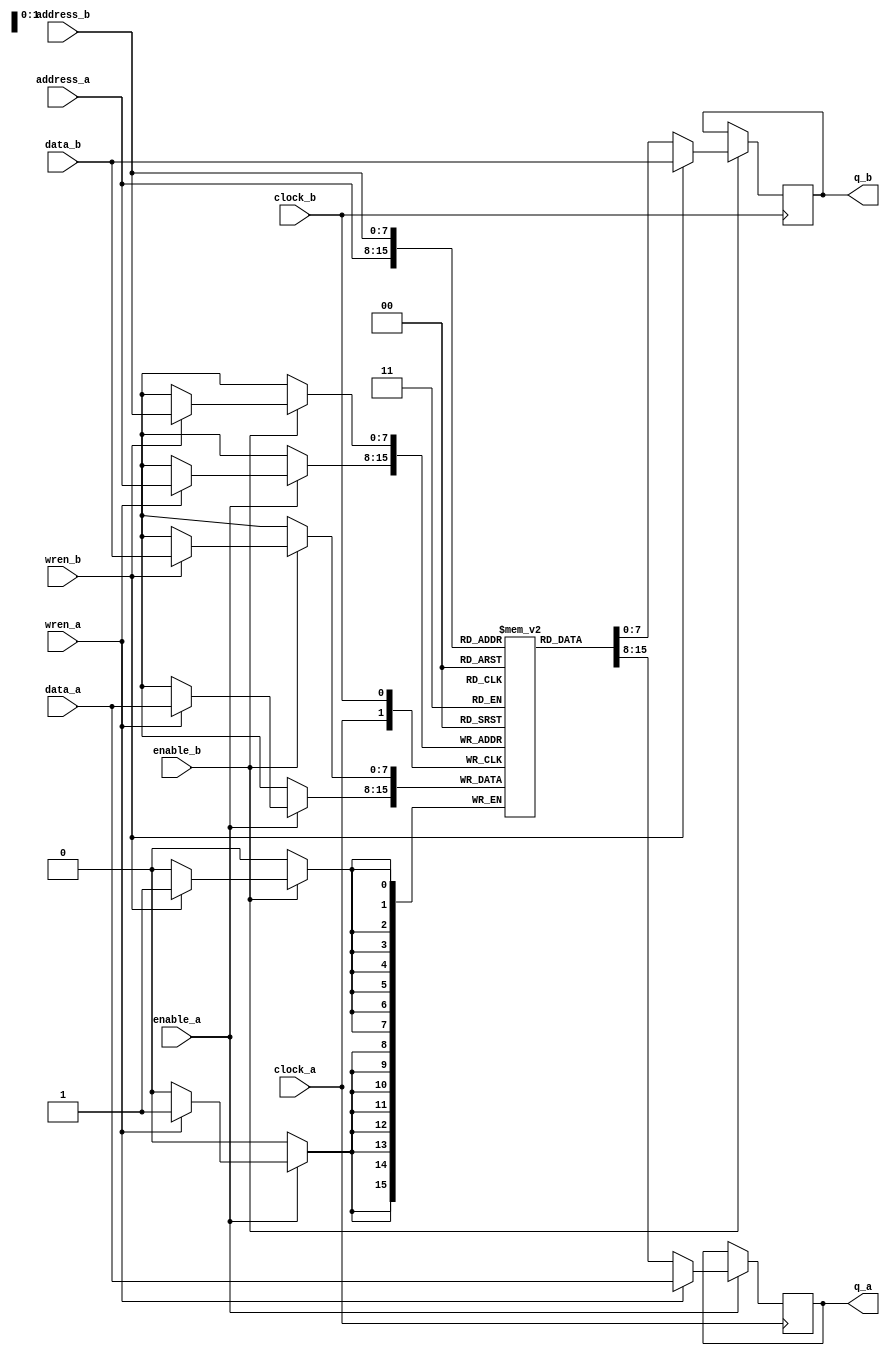
module dpram #(
	parameter data_width=8,
	parameter address_width=8
)(
	input								clock_a,
	input								clock_b,

	input			[address_width-1:0]	address_a,
	input			[data_width-1:0]	data_a,
	input								enable_a,
	input								wren_a,
	output reg	[data_width-1:0]	q_a,

	input			[address_width-1:0]	address_b,
	input			[data_width-1:0]	data_b,
	input								enable_b,
	input								wren_b,
	output reg	[data_width-1:0]	q_b
);

localparam ramLength = (2**address_width);

reg [(data_width-1):0] ram [ramLength-1:0];

`ifdef SIMULATION
	integer    j;
	initial
	begin
		for (j = 0; j < ramLength; j = j + 1)
		begin
			ram[j] = 0;
		end
	end
`endif

always @(posedge clock_a) begin
	if (enable_a) begin
		if (wren_a) begin 
			ram[address_a] <= data_a;
			q_a <= data_a;
		end
		else
		begin
			q_a <= ram[address_a];
		end
	end
end

always @(posedge clock_b) begin
	if (enable_b) begin
		if (wren_b) begin 
			ram[address_b] <= data_b;
			q_b <= data_b;
		end
		else
		begin
			q_b <= ram[address_b];
		end
	end
end

endmodule